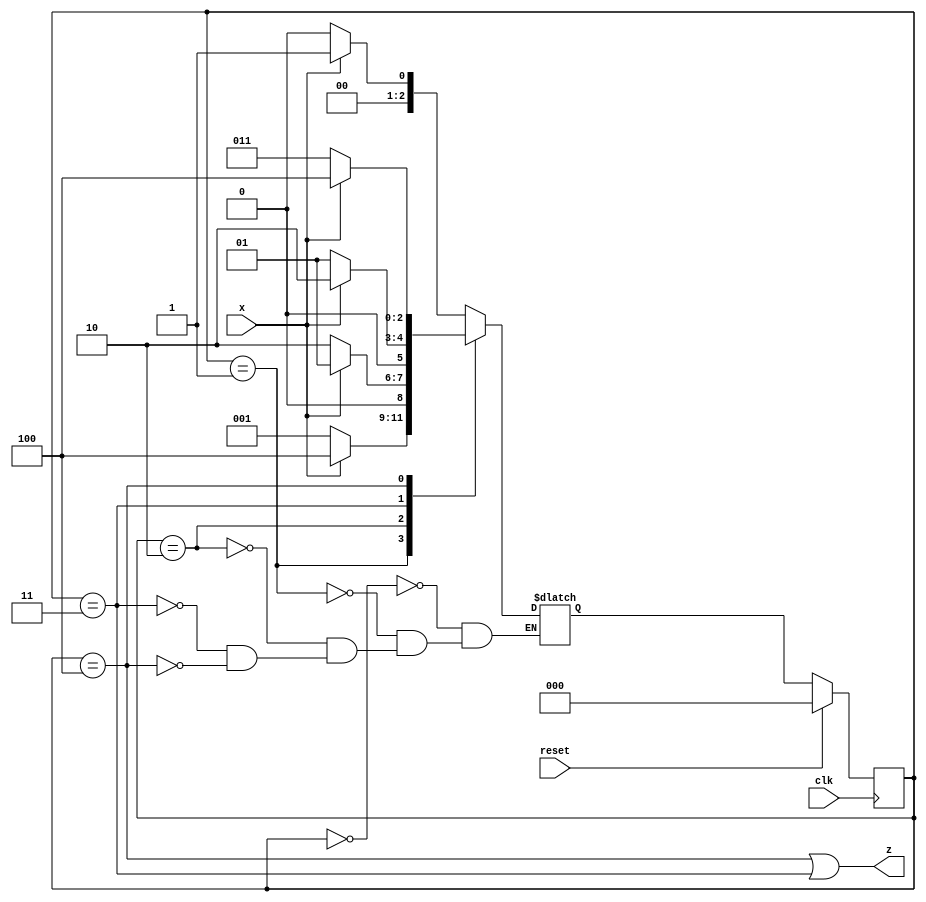
module top_module (
    input clk,
    input reset,   // Synchronous reset
    input x,
    output z
);

    reg [2:0] state, next_state;
    
    always @(posedge clk) begin
        if(reset)
            state <= 3'b000;
        else
            state <= next_state;
    end
    
    always @(*)
        case(state)
            3'b000: if(x) next_state = 3'b001; else next_state = 3'b000;
            3'b001: if(x) next_state = 3'b100; else next_state = 3'b001;
            3'b010: if(x) next_state = 3'b001; else next_state = 3'b010;
            3'b011: if(x) next_state = 3'b010; else next_state = 3'b001;
            3'b100: if(x) next_state = 3'b100; else next_state = 3'b011;
            default: ;
        endcase
    
    assign z = (state==3'b100)|(state==3'b011);
endmodule